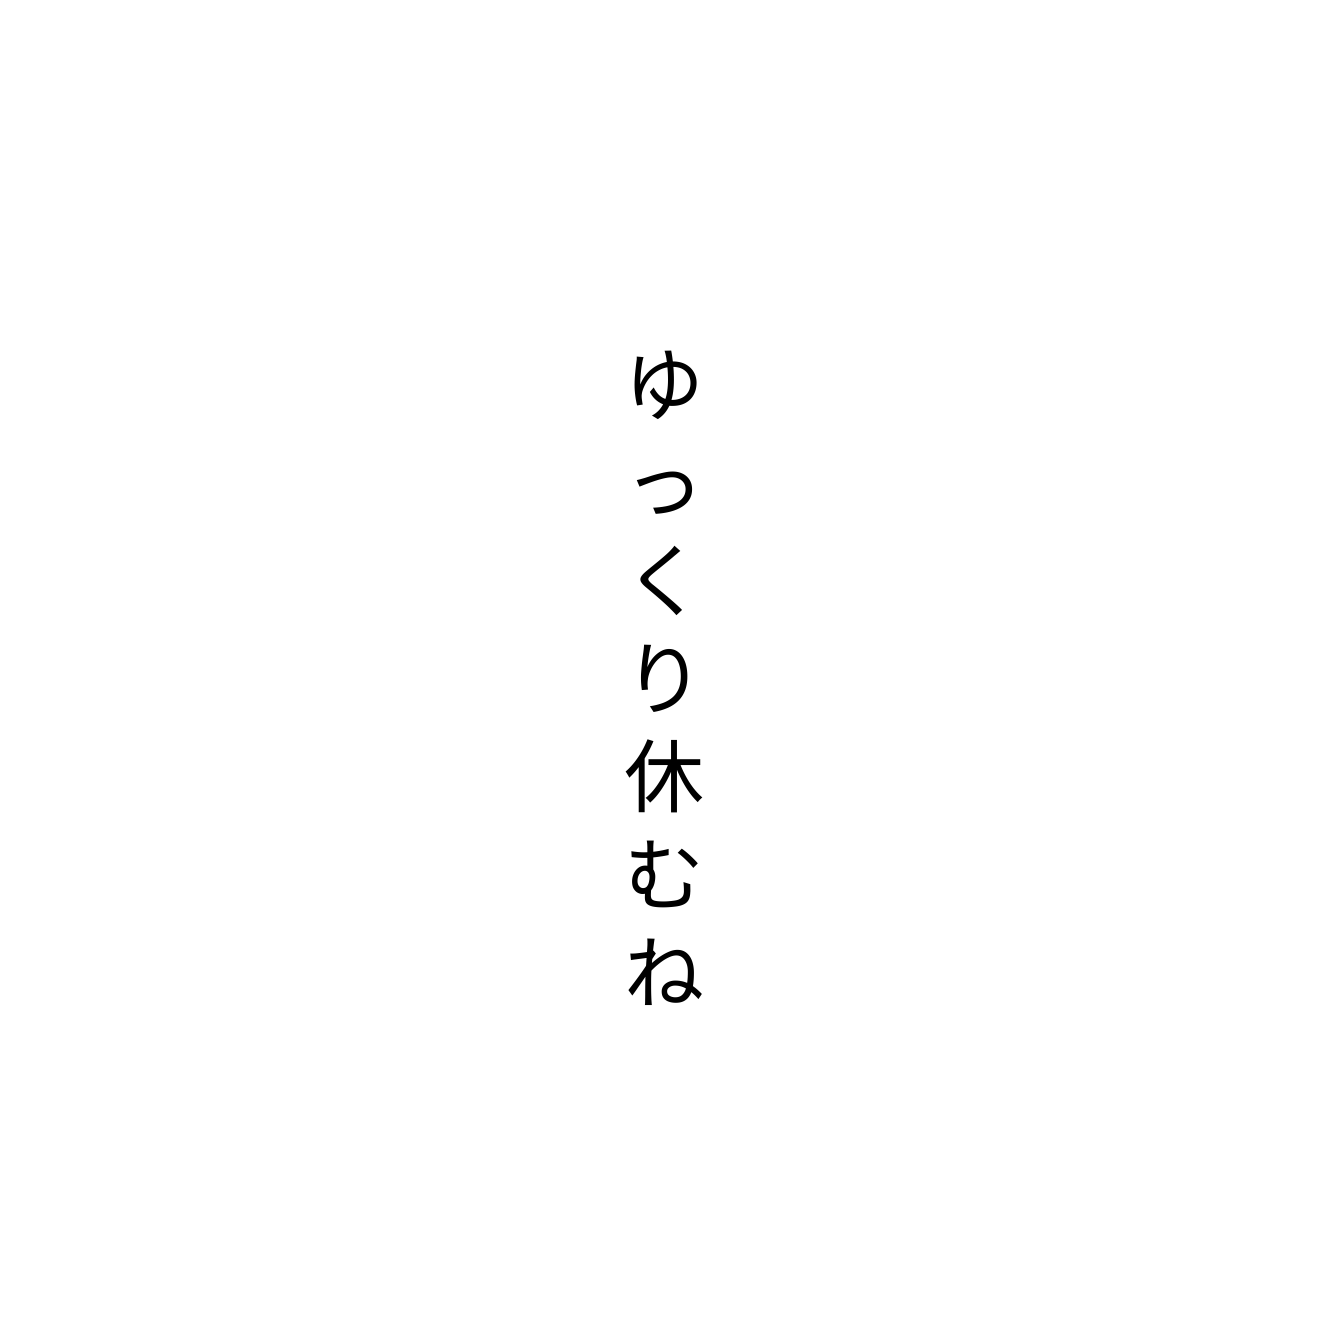
ゆっくり休むね